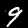
Digit: 9